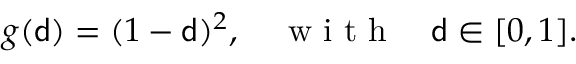
g ( { \mathsf { d } } ) = ( 1 - { \mathsf { d } } ) ^ { 2 } , \quad \mathrm { ~ w ~ i ~ t ~ h ~ } \quad { \mathsf { d } } \in [ 0 , 1 ] .